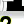
Digit: 2